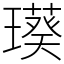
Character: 𤩸